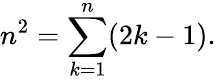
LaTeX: n^{2}=\sum_{k=1}^{n}(2k-1).